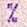
%